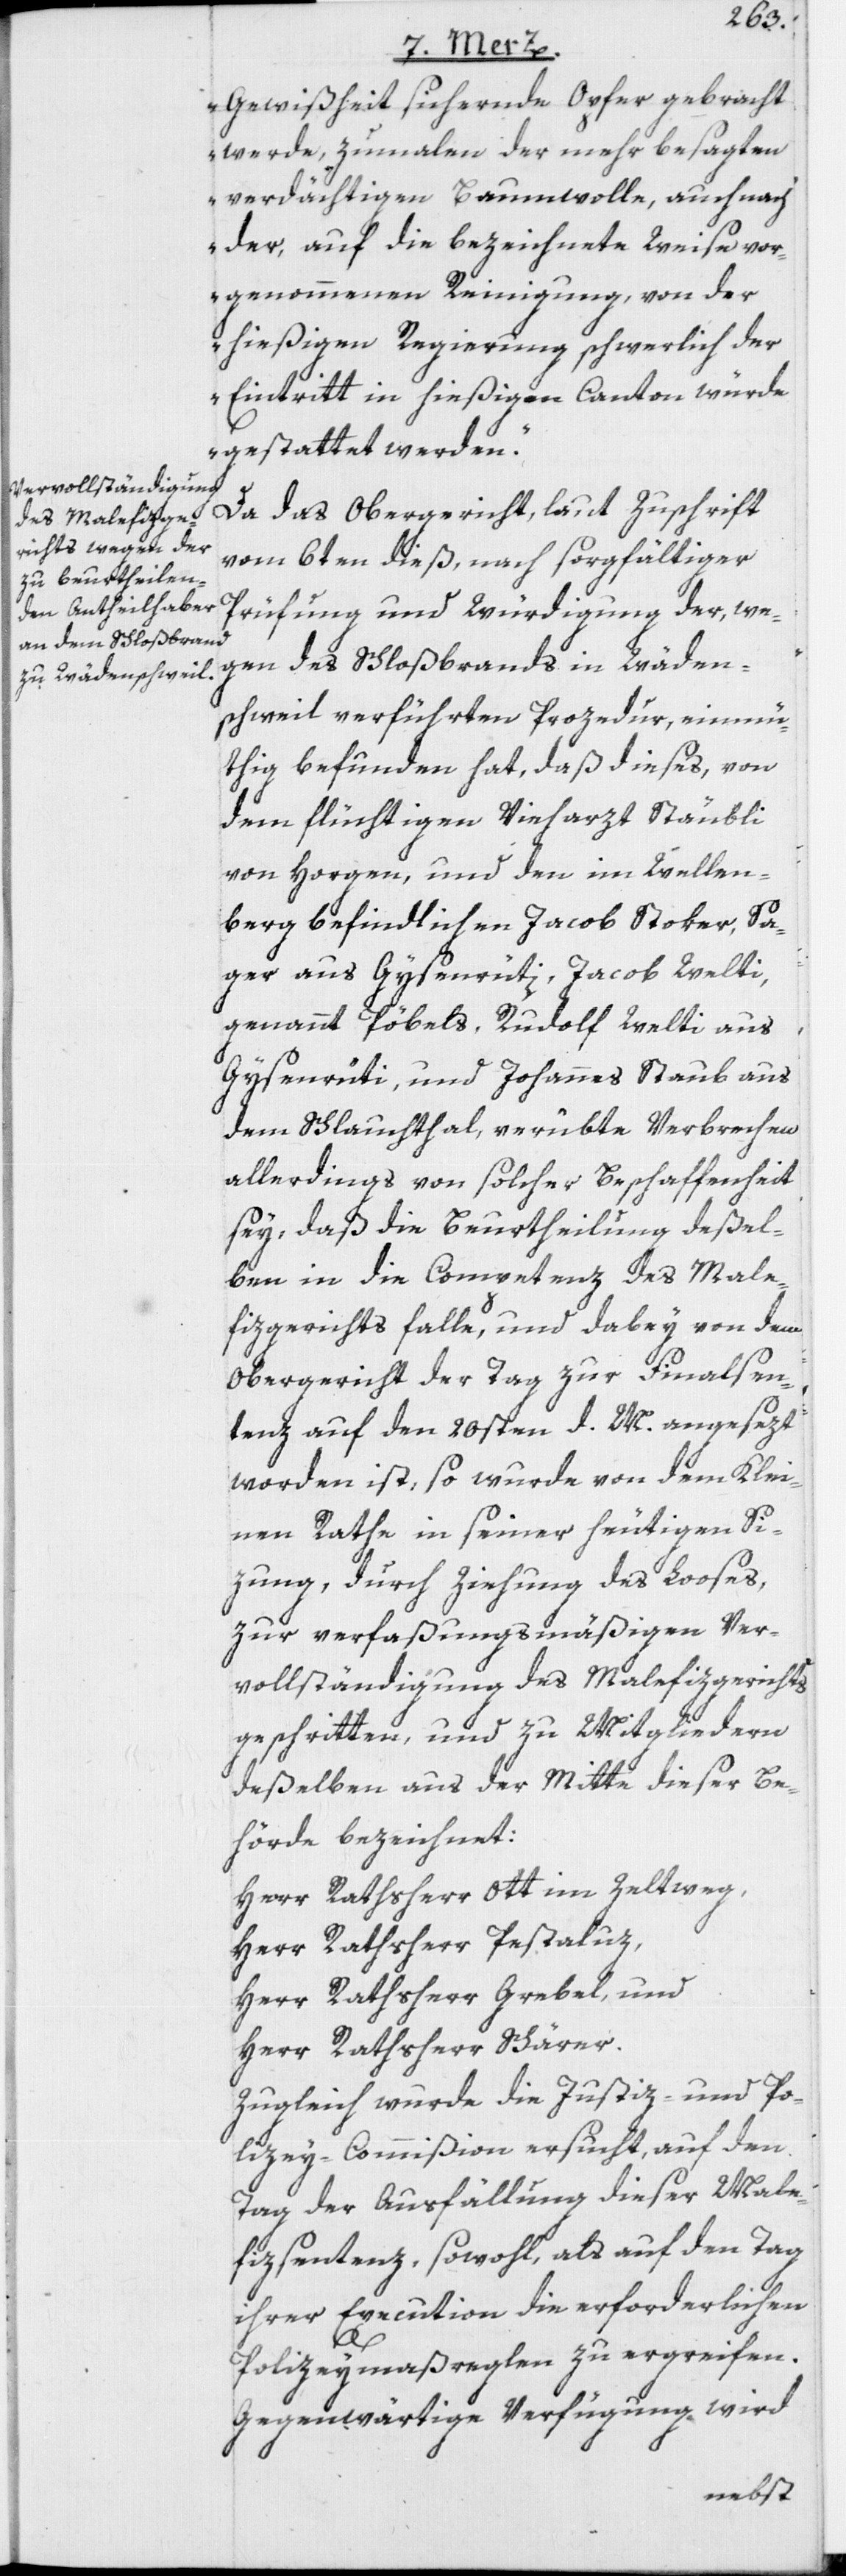
Gewißheit sichernde Opfer gebracht
werde, zumalen der mehrbesagten
verdächtigen Baumwolle, auch nach
der, auf die bezeichnete Weise vor¬
genommenen Reinigung, von der
hießigen Regierung schwerlich der
Eintritt in hießigen Canton würde
gestattet werden.“
Da das Obergericht, laut Zuschrift
vom 6ten dieß, nach sorgfältiger
Prüfung und Würdigung der, we¬
gen des Schloßbrands in Wäden¬
schweil verführten Prozedur, einmü¬
thig befunden hat, daß dieses, von
dem flüchtigen Vieharzt Stäubli
von Horgen, und den im Wellen¬
berg befindlichen Jacob Stoker, Sa¬
ger aus Gysenrüti, Jacob Welti,
genannt Pöbels, Rudlof Welti aus
Gysenrüti, und Johannes Staub aus
dem Schlauchthal, verübte Verbrechen
allerdings von solcher Beschaffenheit
sey, daß die Beurtheilung deßel¬
ben in die Competenz des Male¬
fizgerichts falle, und dabey von dem
Obergericht der Tag zur Finalsen¬
tenz auf den 20sten d. M. angesezt
worden ist, so wurde von dem Klei¬
nen Rathe in seiner heutigen Si[t]z¬
ung, durch Ziehung des Looses,
zur verfaßungsmäßigen Ver¬
vollständigung des Malefizgerichts
geschritten, und zu Mitgliedern
deßelben aus der Mitte dieser Be¬
hörde bezeichnet:
Herr Rathsherr Ott im Zeltweg,
Herr Rathsherr Pestaluz,
Herr Rathsherr Grebel, und
Herr Rathsherr Schärer.
Zugleich wurde die Justiz- und Po¬
lizey-Commißion ersucht, auf den
Tag der Ausfällung dieser Male¬
fizsentenz, sowohl, als auf den Tag
ihrer Execution die erforderlichen
Polizeymaßreglen zu ergreifen.
Gegenwärtige Verfügung wird